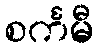
စင်္ကမီ